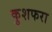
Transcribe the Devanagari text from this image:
कुशफरा